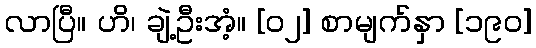
လာပြီ။ ဟိ၊ ချဲ့ဦးအံ့။ [၀၂] စာမျက်နှာ [၁၉၀]